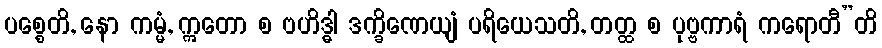
ပစ္စေတိ, နော ကမ္မံ, ဣတော စ ဗဟိဒ္ဓါ ဒက္ခိဏေယျံ ပရိယေသတိ, တတ္ထ စ ပုဗ္ဗကာရံ ကရောတီ”တိ